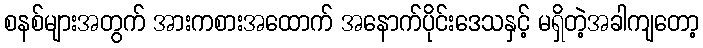
စနစ်များအတွက် အားကစားအထောက် အနောက်ပိုင်းဒေသနှင့် မရှိတဲ့အခါကျတော့